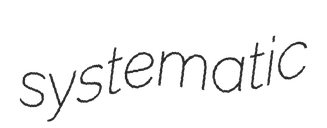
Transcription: systematic